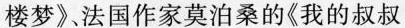
楼梦》法国作家莫泊桑的《我的叔叔